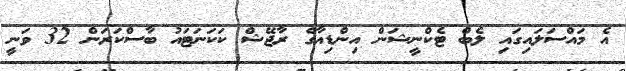
އެ މައްސަލައިގައި ލެބް ޓެކްނީޝަން އިންޑިއާގެ ރާޖޭޝް ކަކަނަޓައު ބާސްކަރަން 32 ވަނީ